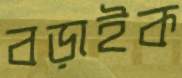
বড়াইক